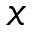
x